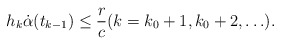
\begin{align*} h_k \dot{\alpha}(t_{k-1}) \le \frac{r}{c} (k=k_0+1, k_0+2, \ldots). \end{align*}